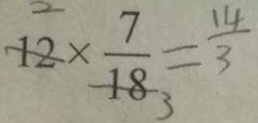
1 2 \times \frac { 7 } { 1 8 } = \frac { 1 4 } { 3 }